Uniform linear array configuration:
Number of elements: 4
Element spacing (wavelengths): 0.75
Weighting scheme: binomial
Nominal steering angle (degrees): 0
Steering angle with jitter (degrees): -0.1942
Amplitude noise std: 0.05
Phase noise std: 0.05

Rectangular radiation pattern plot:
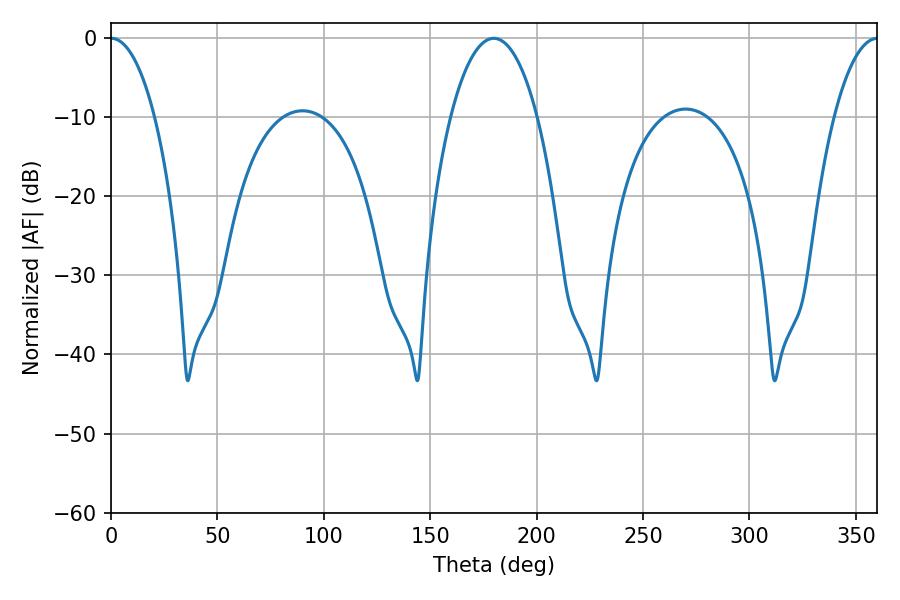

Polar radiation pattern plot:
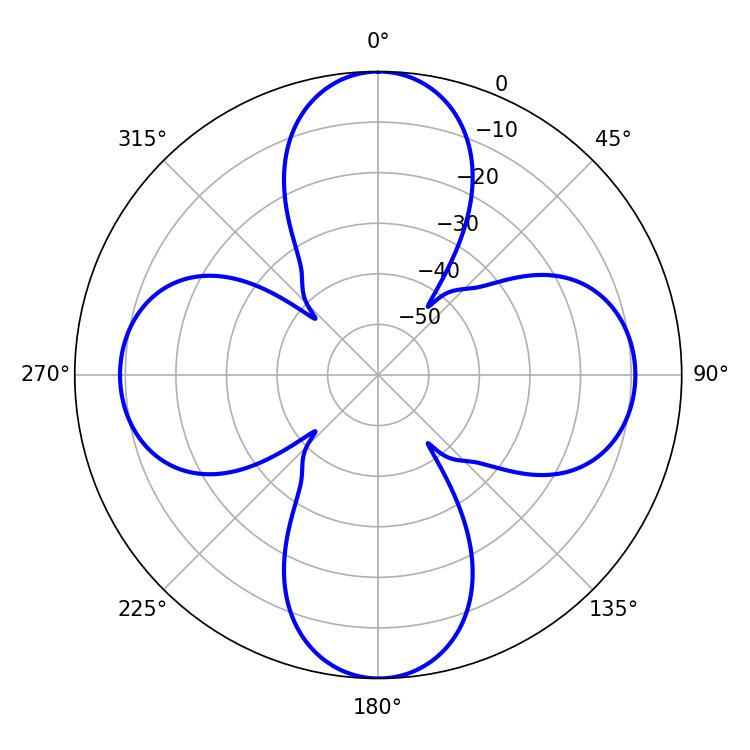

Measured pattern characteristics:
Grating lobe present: TRUE
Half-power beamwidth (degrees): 11.52
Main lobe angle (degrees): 0.18